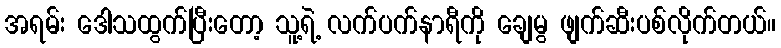
အရမ်း ဒေါသထွက်ပြီးတော့ သူ့ရဲ့ လက်ပက်နာရီကို ချေမွ ဖျက်ဆီးပစ်လိုက်တယ်။